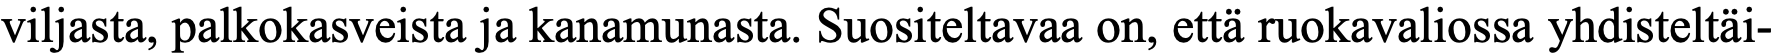
viljasta, palkokasveista ja kanamunasta. Suositeltavaa on, että ruokavaliossa yhdisteltäi-